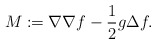
\begin{align*}M:=\nabla\nabla f-\frac{1}{2}g\Delta f.\end{align*}